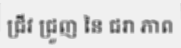
ជ្រីវ ជ្រួញ នៃ ជរា ភាព